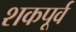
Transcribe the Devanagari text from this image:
शकपूर्व